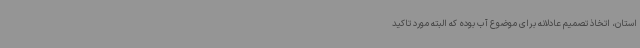
استان، اتخاذ تصمیم عادلانه برای موضوع آب بوده که البته مورد تاکید